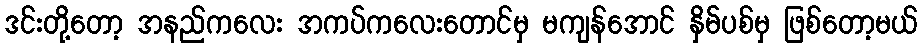
ဒင်းတို့တော့ အနည်ကလေး အကပ်ကလေးတောင်မှ မကျန်အောင် နှိမ်ပစ်မှ ဖြစ်တော့မယ်